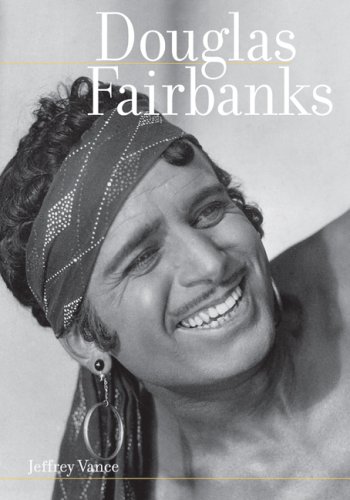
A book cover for Douglas Fairbanks; Jeffrey Vance; Biographies & Memoirs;